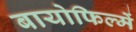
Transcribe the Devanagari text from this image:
बायोफिल्में